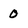
Character: 0